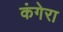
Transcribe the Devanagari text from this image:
कंगेरा